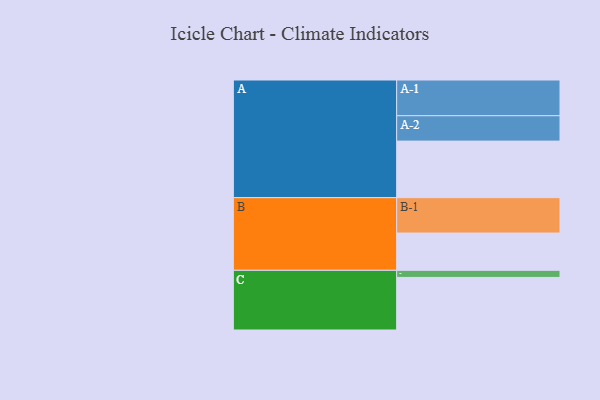
{"axis": {"x": "Segment", "y": "Value"}, "legend": ["", "A", "B", "C"], "data": [{"x": "A", "y": 470, "type": ""}, {"x": "B", "y": 310, "type": ""}, {"x": "C", "y": 437, "type": ""}, {"x": "A-1", "y": 297, "type": "A"}, {"x": "A-2", "y": 211, "type": "A"}, {"x": "B-1", "y": 294, "type": "B"}, {"x": "C-1", "y": 59, "type": "C"}]}